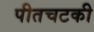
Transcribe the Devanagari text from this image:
पीतचटकी